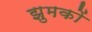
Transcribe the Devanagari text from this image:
झुमकों